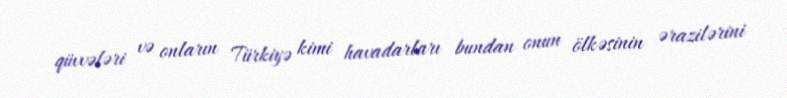
qüvvələri və onların Türkiyə kimi havadarları bundan onun ölkəsinin ərazilərini